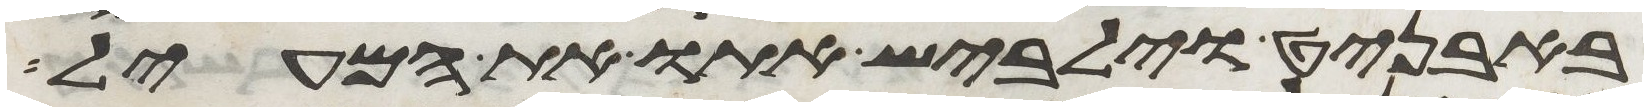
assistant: באבניט וילבש אתו את המעיל